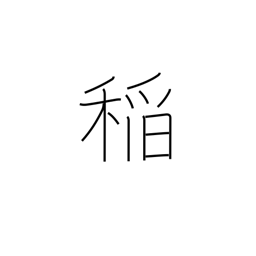
Meaning: rice plant